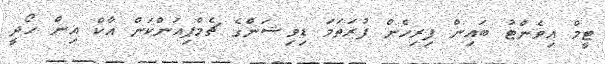
ޓީމް އިވެންޓު ބައިން ފިރިހެން ފުރަތަމަ ޑިވިޝަންގެ ޗެމްޕިއަންކަން އާކް އިން ހޯދީ